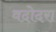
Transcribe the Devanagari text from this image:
वदोदरा